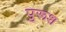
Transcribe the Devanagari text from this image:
पुरूश